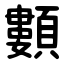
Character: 䫫